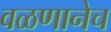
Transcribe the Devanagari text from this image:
वळणानेच